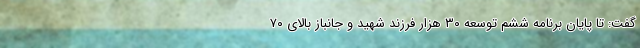
گفت: تا پایان برنامه ششم توسعه ۳۰ هزار فرزند شهید و جانباز بالای ۷۰